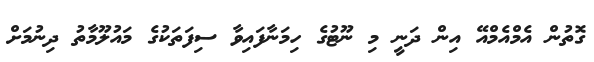
ގޮތުން އެމްއެމްއޭ އިން ދަނީ މި ނޫޓުގެ ހިމަނާފައިވާ ސިފަތަކުގެ މައުލޫމާތު ދިނުމަށް